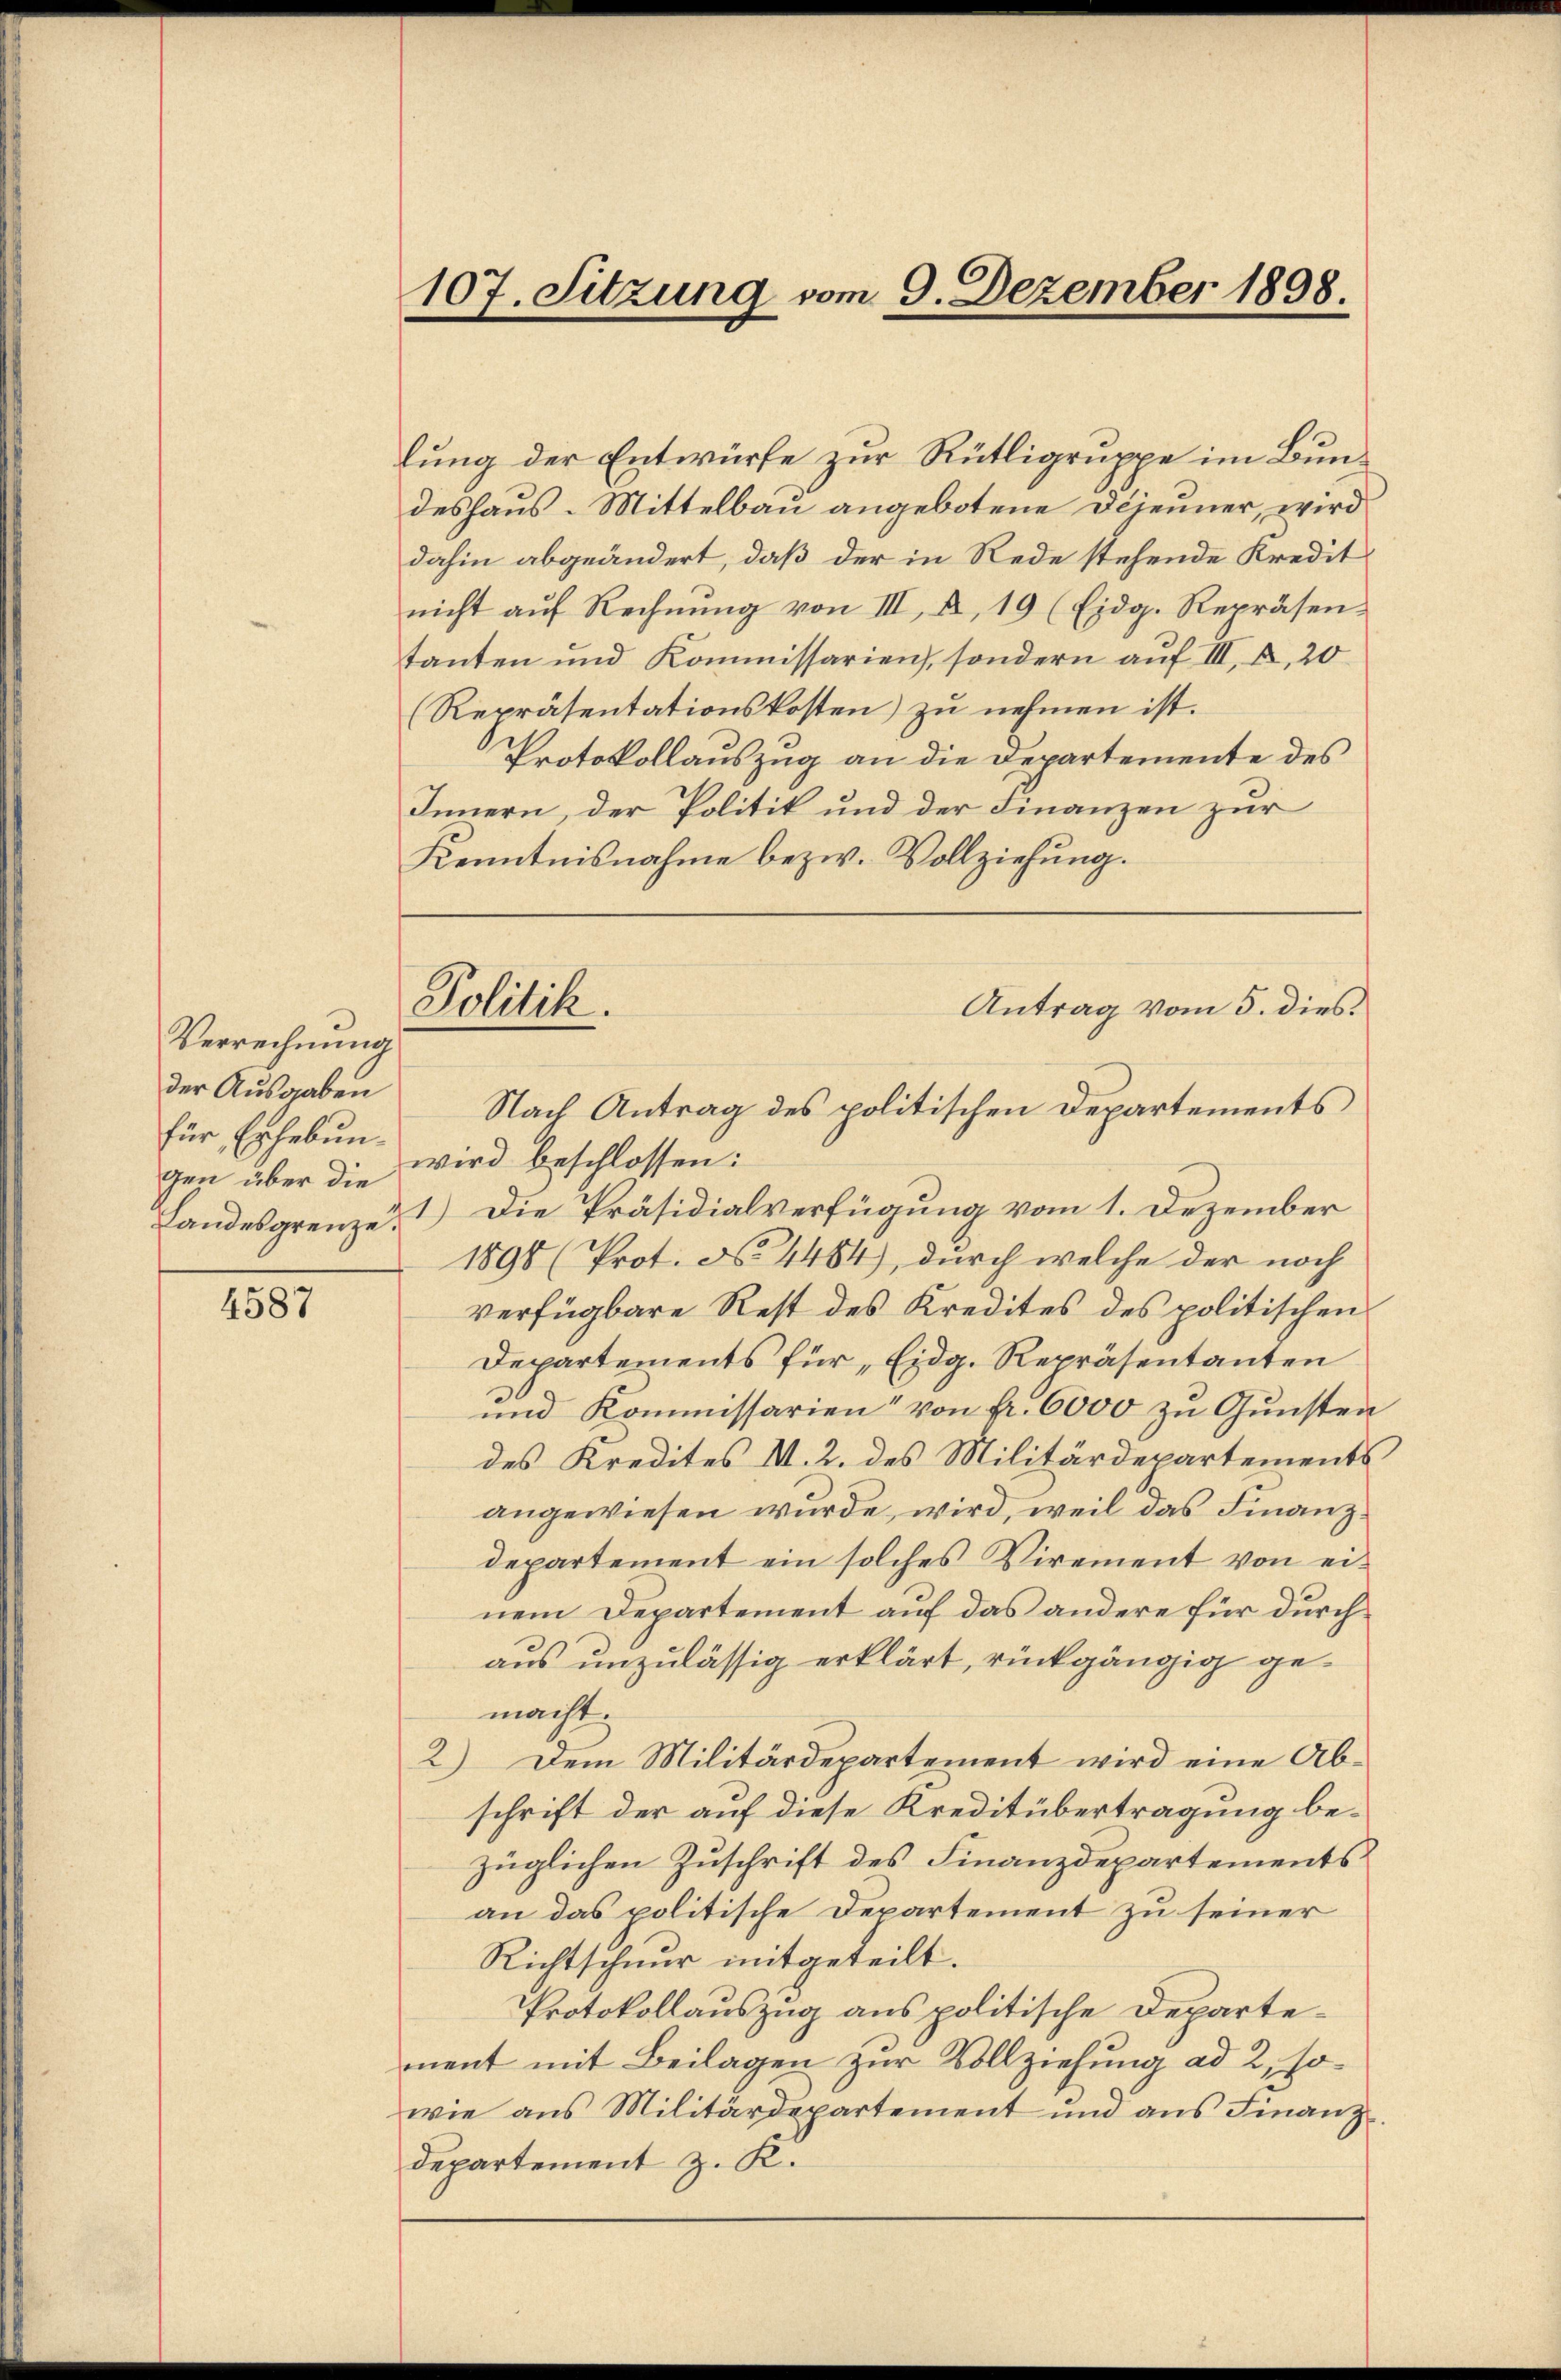
Verrechnung
der Ausgaben
für Erhebungen über die

4587

107. Sitzung vom 9. Dezember 1898.

lung der Entwürfe zur Rütligruppe im Bundeshaus-Mittelbau angebotene Dijeuner, wird
dahin abgeändert, daß der in Rede stehende Kredit
nicht aŭf Rechnŭng von III, 2, 19 (Eidg. Repräsen-
tanten und Kommissarien, sondern auf III, 2, 20
Repräsentationskosten) zu nehmen ist.
Protokollauszug an die Departemente des
Innern, der Politik und der Finanzen zur
Kenntnisnahme bezw. Vollziehung.

Politik.

Nach Antrag des politischen Departements
wird beschlossen:
andesgrenze, 1) Die Präsidialverfügung vom 1. Dezember
1898 (Prot. No. 4484), durch welche der noch
verfügbare Rest des Kredites des politischen
Departements für „Eidg. Repräsentanten
und Kommissarien von Fr. 6000 zu Gunsten
des Kredites V. 2. des Militärdepartements
angewiesen wurde, wird, weil das Finanzdepartement ein solches Virement von einem Departement auf das andere für durch
aus unzulässig erklärt, rückgängig gemacht.
2) Dem Militärdepartement wird eine Ab-
schrift der auf diese Kreditübertragung bezüglichen Zuschrift des Finanzdepartements
an das politische Departement zu seiner
Richtschnur mitgeteilt.
Protokollauszug aus politische Departement mit Beilagen zur Vollziehung ad 2, sowie aus Militärdepartement und ans Finanz
departement z. K.

Antrag vom 5. dies